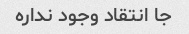
جا انتقاد وجود نداره